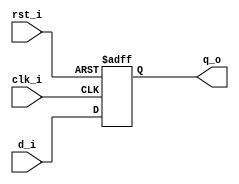
// Name: d_ff_rst.v
//
// Description: D flip flop with asynchronous reset

module d_ff_rst (
  input      clk_i,  
  input      rst_i, 
  input      d_i,     
  output reg q_o      
);

  always @(posedge clk_i, posedge rst_i) begin   
    if (rst_i)   
      q_o <= 1'b0;    
    else 
      q_o <= d_i;     
  end

endmodule